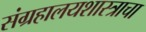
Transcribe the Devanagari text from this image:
संग्रहालयशास्त्राचा